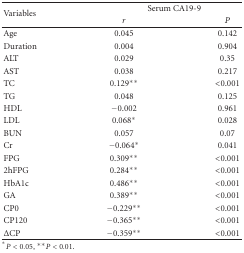
<table><thead><tr><td rowspan="2"><b>Variables</b></td><td colspan="2"><b>Serum CA19-9</b></td></tr><tr><td><b><i>r</i></b></td><td><b><i>P</i></b></td></tr></thead><tbody><tr><td>Age</td><td>0.045</td><td>0.142</td></tr><tr><td>Duration</td><td>0.004</td><td>0.904</td></tr><tr><td>ALT</td><td>0.029</td><td>0.35</td></tr><tr><td>AST</td><td>0.038</td><td>0.217</td></tr><tr><td>TC</td><td>0.129<sup>∗∗</sup></td><td>&lt;0.001</td></tr><tr><td>TG</td><td>0.048</td><td>0.125</td></tr><tr><td>HDL</td><td>−0.002</td><td>0.961</td></tr><tr><td>LDL</td><td>0.068<sup>∗</sup></td><td>0.028</td></tr><tr><td>BUN</td><td>0.057</td><td>0.07</td></tr><tr><td>Cr</td><td>−0.064<sup>∗</sup></td><td>0.041</td></tr><tr><td>FPG</td><td>0.309<sup>∗∗</sup></td><td>&lt;0.001</td></tr><tr><td>2hFPG</td><td>0.284<sup>∗∗</sup></td><td>&lt;0.001</td></tr><tr><td>HbA1c</td><td>0.486<sup>∗∗</sup></td><td>&lt;0.001</td></tr><tr><td>GA</td><td>0.389<sup>∗∗</sup></td><td>&lt;0.001</td></tr><tr><td>CP0</td><td>−0.229<sup>∗∗</sup></td><td>&lt;0.001</td></tr><tr><td>CP120</td><td>−0.365<sup>∗∗</sup></td><td>&lt;0.001</td></tr><tr><td>ΔCP</td><td>−0.359<sup>∗∗</sup></td><td>&lt;0.001</td></tr></tbody></table>